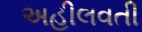
અહીલવતી